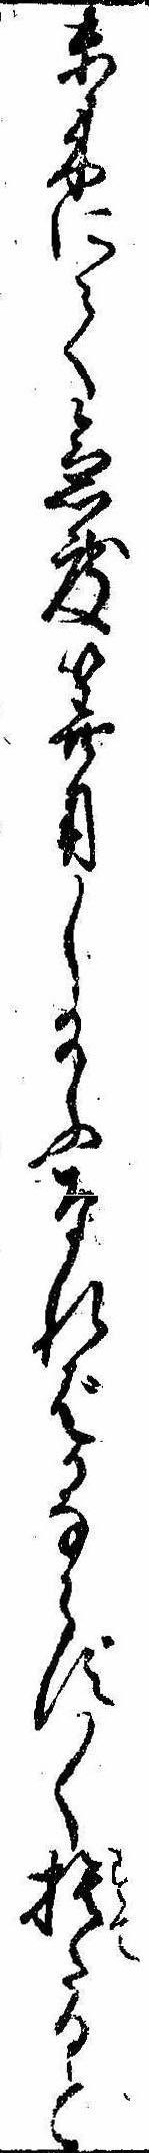
未来にて急度算用し給ふなればかならず〱捨たると